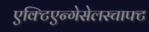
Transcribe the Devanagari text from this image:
एक्टिएन्गेसेलस्चाफ्ट